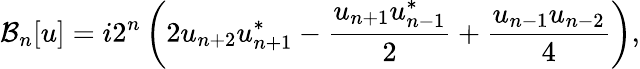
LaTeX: \mathcal{B}_{n}[u]=i2^{n}\left(2u_{n+2}u_{n+1}^{*}-\frac{u_{n+1}u_{n-1}^{*}}{2}+\frac{u_{n-1}u_{n-2}}{4}\right),